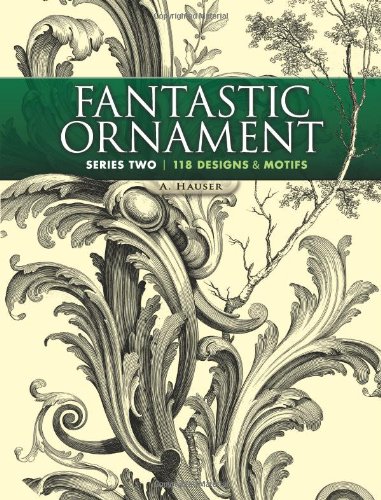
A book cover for Fantastic Ornament, Series Two: 118 Designs and Motifs (Dover Pictorial Archive); A. Hauser; Arts & Photography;